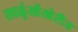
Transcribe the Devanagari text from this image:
साळुंखेंखेरीज